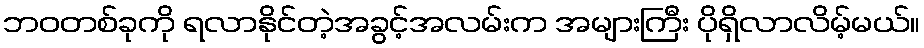
ဘဝတစ်ခုကို ရလာနိုင်တဲ့အခွင့်အလမ်းက အများကြီး ပိုရှိလာလိမ့်မယ်။